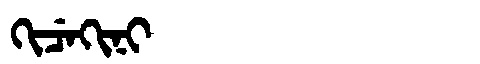
Manchu: ᡴᡳᠴᡝᡴᡳᠨᡳ
Romanization: KICEKINI